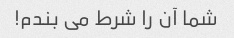
شما آن را شرط می بندم!